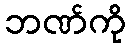
ဘဏ်ကို